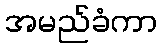
အမည်ခံကာ